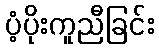
ပံ့ပိုးကူညီခြင်း